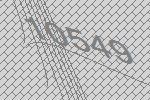
10549